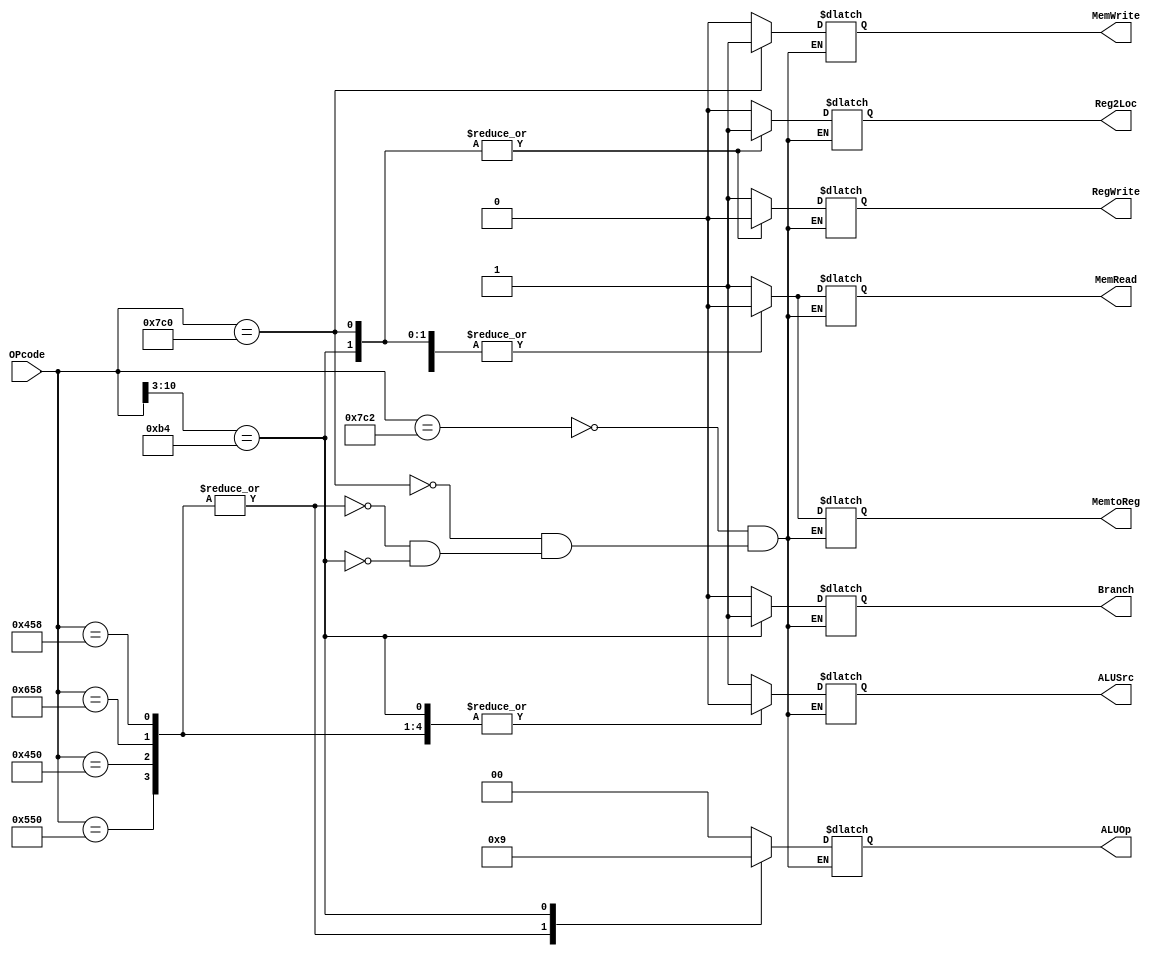
`timescale 1ns / 1ps
//////////////////////////////////////////////////////////////////////////////////
// Company: CECS 530
// 
// Design Name: 
// Module Name: Control
// Project Name: 
// Target Devices: 
// Tool Versions: 
// Description: 
// 
// Dependencies: 
// 
// Revision:
// Revision 0.01 - File Created
// Additional Comments:
// 
//////////////////////////////////////////////////////////////////////////////////


module Control(OPcode, ALUOp, Reg2Loc, ALUSrc, MemtoReg, RegWrite, MemRead, MemWrite, Branch);
    input [10:0] OPcode;
    output reg [1:0] ALUOp;
    output reg Reg2Loc, ALUSrc, MemtoReg, RegWrite, MemRead, MemWrite, Branch;
    
    always @ (*)
    casez (OPcode)
    11'b11111000010: begin  // LDUR
        Reg2Loc <= 0;
        ALUSrc <= 1;
        MemtoReg <= 1;
        RegWrite <= 1;
        MemRead <= 1;
        MemWrite <= 0;
        Branch <= 0;
        ALUOp <= 2'b00;
    end
    11'b11111000000: begin  // STUR
        Reg2Loc <= 1;
        ALUSrc <= 1;
        MemtoReg <= 0;  // don't care
        RegWrite <= 0;
        MemRead <= 0;
        MemWrite <= 1;
        Branch <= 0;
        ALUOp <= 2'b00;
    end
    11'b10001011000, 11'b11001011000, 11'b10001010000, 11'b10101010000: begin // ADD SUB AND OR
        Reg2Loc <= 0;
        ALUSrc <= 0;
        MemtoReg <= 0;
        RegWrite <= 1;
        MemRead <= 0;
        MemWrite <= 0;
        Branch <= 0;
        ALUOp <= 2'b10;
    end
    11'b10110100zzz: begin  // CBZ
        Reg2Loc <= 1;
        ALUSrc <= 0;
        MemtoReg <= 0;  // don't care
        RegWrite <= 0;
        MemRead <= 0;
        MemWrite <= 0;
        Branch <= 1;
        ALUOp <= 2'b01;
    end
    endcase
    
endmodule